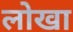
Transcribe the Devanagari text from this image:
लोखा